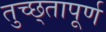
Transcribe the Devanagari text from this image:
तुच्छ्तापूर्ण